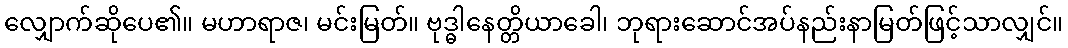
လျှောက်ဆိုပေ၏။ မဟာရာဇ၊ မင်းမြတ်။ ဗုဒ္ဓါနေတ္တိယာခေါ၊ ဘုရားဆောင်အပ်နည်းနာမြတ်ဖြင့်သာလျှင်။